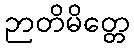
ဉာတိမိတ္တေ